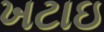
ખટાઇ